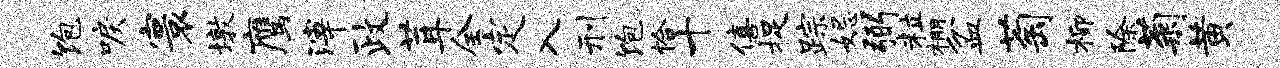
饱唳寰墩鹰滓政茸全定入刑饱恰十僖捉踪妃弼粒棚盆萄柳除菊黄